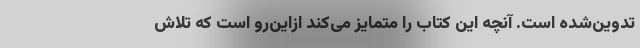
تدوین‌شده است. آنچه این کتاب را متمایز می‌کند ازاین‌رو است که تلاش